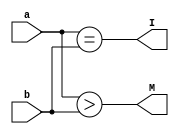
module altonivel ( input [7:0] a, input [7:0] b, output M,I);
assign M = a > b;
assign I = a == b;
endmodule 

module MaiorIgual2Bits(input[1:0]a,input[1:0]b,output M,output I);
    assign M =(a[0] & ~b[1] & ~b[0]) | (a[1] & a[0] & ~b[0]) | (a[1] & ~b[1]);
    assign I =(~a[1] & ~a[0] & ~b[1] & ~b[0]) | (a[1] & ~a[0] & b[1] & ~b[0]) | (~a[1] & a[0] & ~b[1] & b[0]) | (a[1] & a[0] & b[1] & b[0]);
endmodule

module MaiorIgualArvore(input Me,input Ie,input Md,input Id, output M, output I);
    assign M = (Ie & Md) | (Me);
    assign I = (Ie & Id);
endmodule

module Arvore(input[7:0]a, input[7:0] b, output M, output I);
    wire m76,i76,m54,i54,m32,i32,m10,i10, me,ie,md,id;
    MaiorIgual2Bits M76(a[7:6],b[7:6],m76,i76);
    MaiorIgual2Bits M54(a[5:4],b[5:4],m54,i54);
    MaiorIgual2Bits M32(a[3:2],b[3:2],m32,i32);
    MaiorIgual2Bits M10(a[1:0],b[1:0],m10,i10);
  
    MaiorIgualArvore A1(m76,i76,m54,i54,me,ie);
    MaiorIgualArvore A2(m32,i32,m10,i10,md,id);
    MaiorIgualArvore A3(me,ie,md,id,M,I);
endmodule

module stimulus;
    reg [7:0] a,b;
    wire m1,m2,i1,i2;
    altonivel M1(a,b,m1,i1);
    Arvore   M2(a,b,m2,i2);
    integer i;     
    initial begin
                
    $monitor(" a=%d,b=%d A>B %b%b A==B %b%b",a,b,m1,m2,i1,i2);
      for (i=0; i < (256*256); i=i+1)
	begin 
          a= i[15:8]; b = i[7:0]; #1;
	  if ( m1 !== m2 || i1 !== i2 ) $display("Falha ! a=%d b=%d maior %b %b igual %b %b",a,b,m1,m2,i1,i2);
       	end   
    end  
     
    endmodule